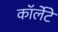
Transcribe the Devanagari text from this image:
कॉर्लेटे